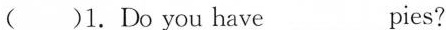
()1.Do you have___pies?